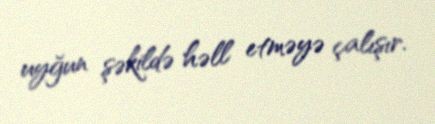
uyğun şəkildə həll etməyə çalışır.